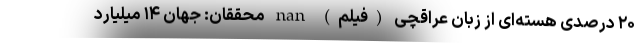
۲۰ درصدی هسته‌ای از زبان عراقچی (فیلم) nan محققان: جهان ۱۴ میلیارد